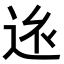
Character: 𨒢